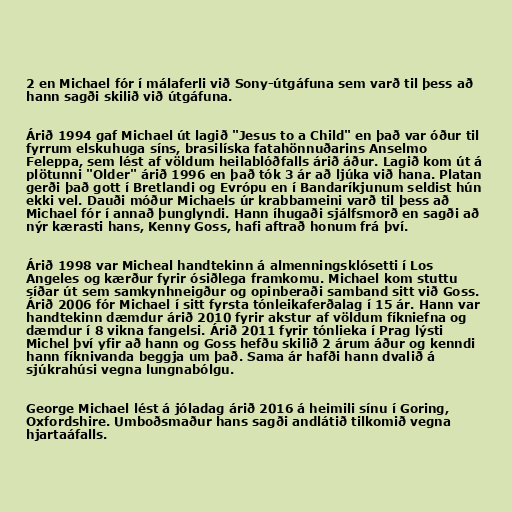
2 en Michael fór í málaferli við Sony-útgáfuna sem varð til þess að
hann sagði skilið við útgáfuna.

Árið 1994 gaf Michael út lagið "Jesus to a Child" en það var óður til
fyrrum elskuhuga síns, brasilíska fatahönnuðarins Anselmo
Feleppa, sem lést af völdum heilablóðfalls árið áður. Lagið kom út á
plötunni "Older" árið 1996 en það tók 3 ár að ljúka við hana. Platan
gerði það gott í Bretlandi og Evrópu en í Bandaríkjunum seldist hún
ekki vel. Dauði móður Michaels úr krabbameini varð til þess að
Michael fór í annað þunglyndi. Hann íhugaði sjálfsmorð en sagði að
nýr kærasti hans, Kenny Goss, hafi aftrað honum frá því.

Árið 1998 var Micheal handtekinn á almenningsklósetti í Los
Angeles og kærður fyrir ósiðlega framkomu. Michael kom stuttu
síðar út sem samkynhneigður og opinberaði samband sitt við Goss.
Árið 2006 fór Michael í sitt fyrsta tónleikaferðalag í 15 ár. Hann var
handtekinn dæmdur árið 2010 fyrir akstur af völdum fíkniefna og
dæmdur í 8 vikna fangelsi. Árið 2011 fyrir tónlieka í Prag lýsti
Michel því yfir að hann og Goss hefðu skilið 2 árum áður og kenndi
hann fíknivanda beggja um það. Sama ár hafði hann dvalið á
sjúkrahúsi vegna lungnabólgu.

George Michael lést á jóladag árið 2016 á heimili sínu í Goring,
Oxfordshire. Umboðsmaður hans sagði andlátið tilkomið vegna
hjartaáfalls.